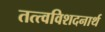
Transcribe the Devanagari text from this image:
तत्त्वविशदनार्थ